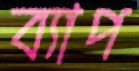
ব্যাপ